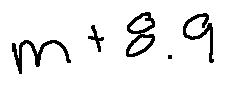
m + 8 . 9